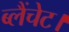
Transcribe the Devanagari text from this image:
ब्लैंचेट।